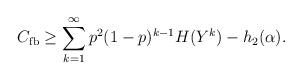
LaTeX: \begin{align*}C_{\mathrm{fb}}\geq\sum_{k=1}^{\infty}p^2(1-p)^{k-1}H(Y^k)-h_2(\alpha).\end{align*}